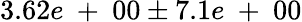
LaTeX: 3.62e\mathrm{~+~}00\pm 7.1e\mathrm{~+~}00